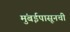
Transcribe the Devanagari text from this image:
मुंबईपासूनची